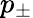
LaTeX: p_{\pm}